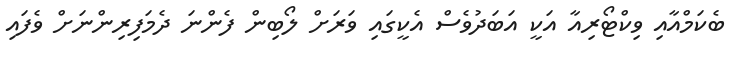
ބެކަމްއާއި ވިކްޓޯރިއާ އަކީ އަބަދުވެސް އެކީގައި ވަރަށް ލޯބިން ފެންނަ ދެމަފިރިންނަށް ވެފައި